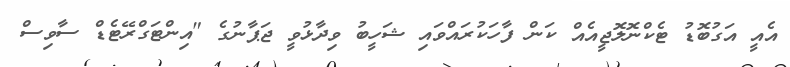
އެއީ އަގުބޮޑު ޓެކްނޮލޮޖީއެއް ކަން ފާހަކުރައްވައި ޝަހީބު ވިދާޅުވީ ޖަޕާނުގެ "އިންޓަގްރޭޓެޑް ސާވިސް